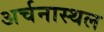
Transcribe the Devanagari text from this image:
अर्चनास्थल